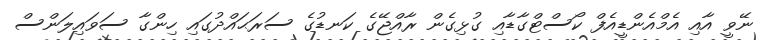
ނޭވީ އާއި އެމްއެންޑީއެފް ކޯސްޓްގާޑާއި ގުޅިގެން ރާއްޖޭގެ ކަނޑުގެ ސަރަޙައްދުގައި ހިންގާ ސަވައިލަންސް